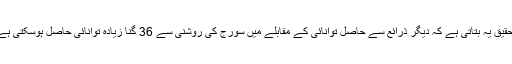
تحقیق یہ بتاتی ہے کہ دیگر ذرائع سے حاصل توانائی کے مقابلے میں سورج کی روشنی سے 36 گنا زیادہ توانائی حاصل ہوسکتی ہے۔